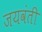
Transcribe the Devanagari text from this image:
जयवंती